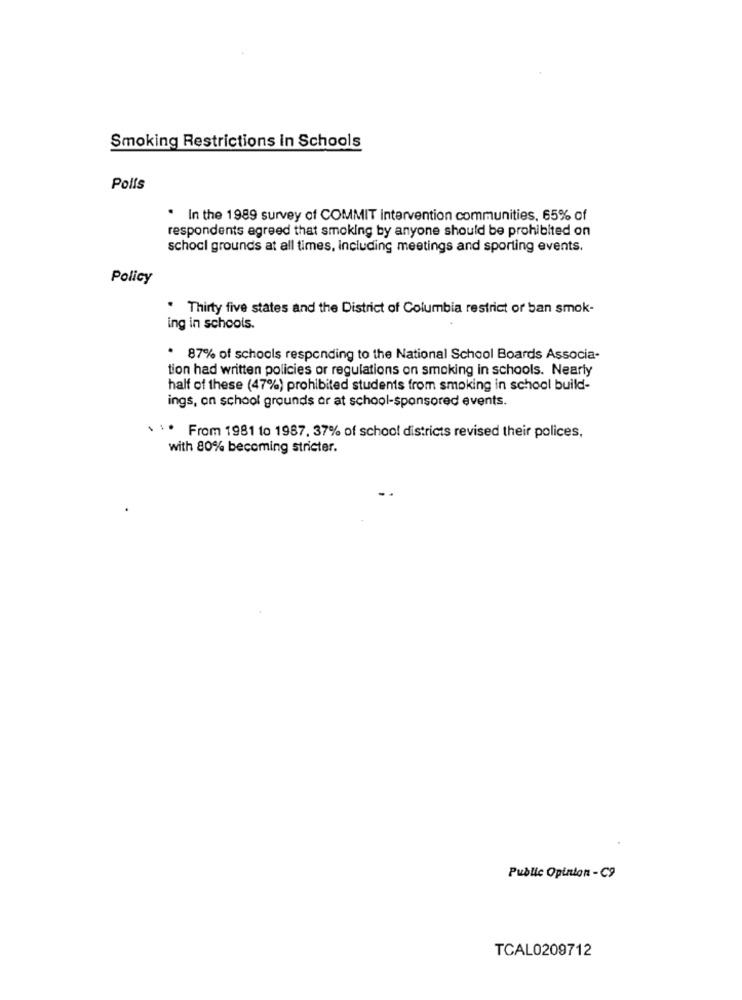
Smoking Restrictions in Schools
Polis
. In the 1989 survey of COMMIT intervention communities, 65% of
respondents agreed that smoking by anyone should be prohibited on
school grounds at all times, including meetings and sporting events.
Policy
. Thirty five states and the District of Columbia restrict or ban smok-
ing in schools.
. 87% of schools responding to the National School Boards Associa-
tion had written policies or regulations on smoking in schools. Nearly
half of these (47%) prohibited students from smoking in school build-
ings, on school grounds or at school-sponsored events.
* ** From 1981 to 1987, 37% of school districts revised their polices,
with 80% becoming stricter.
Public Opinion -C9
TCAL0209712